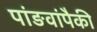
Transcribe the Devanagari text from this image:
पांङवांपैकी